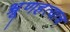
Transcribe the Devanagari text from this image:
भ्रूणहत्याच